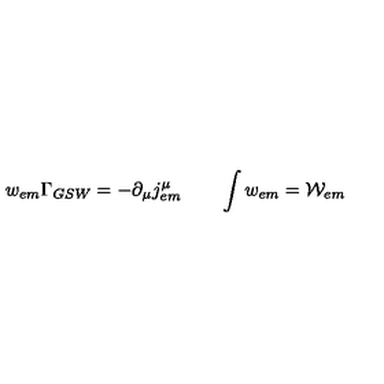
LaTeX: w _ { e m } \Gamma _ { G S W } = - \partial _ { \mu } j _ { e m } ^ { \mu } \qquad \int w _ { e m } = { \cal { W } } _ { e m } \nonumber { } \,